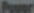
Power